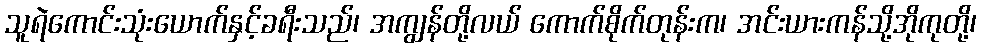
သူရဲကောင်းသုံးယောက်နှင့်ခရီးသည်၊ အကျွန်တို့လယ် ကောက်စိုက်တုန်းက၊ အင်းယားကန်သို့အိုကုတို့၊